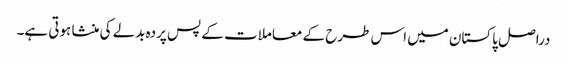
دراصل پاکستان میں اس طرح کے معاملات کے پس پردہ بدلے کی منشا ہوتی ہے۔